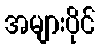
အများပိုင်